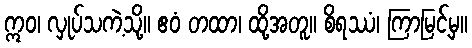
ဣဝ၊ လှုပ်သကဲ့သို့။ ဧဝံ တထာ၊ ထို့အတူ။ စိရဿံ၊ ကြာမြင့်မှ။